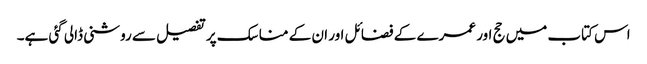
اس کتاب میں حج اور عمرے کے فضائل اور ان کے مناسک پر تفصیل سے روشنی ڈالی گئی ہے۔